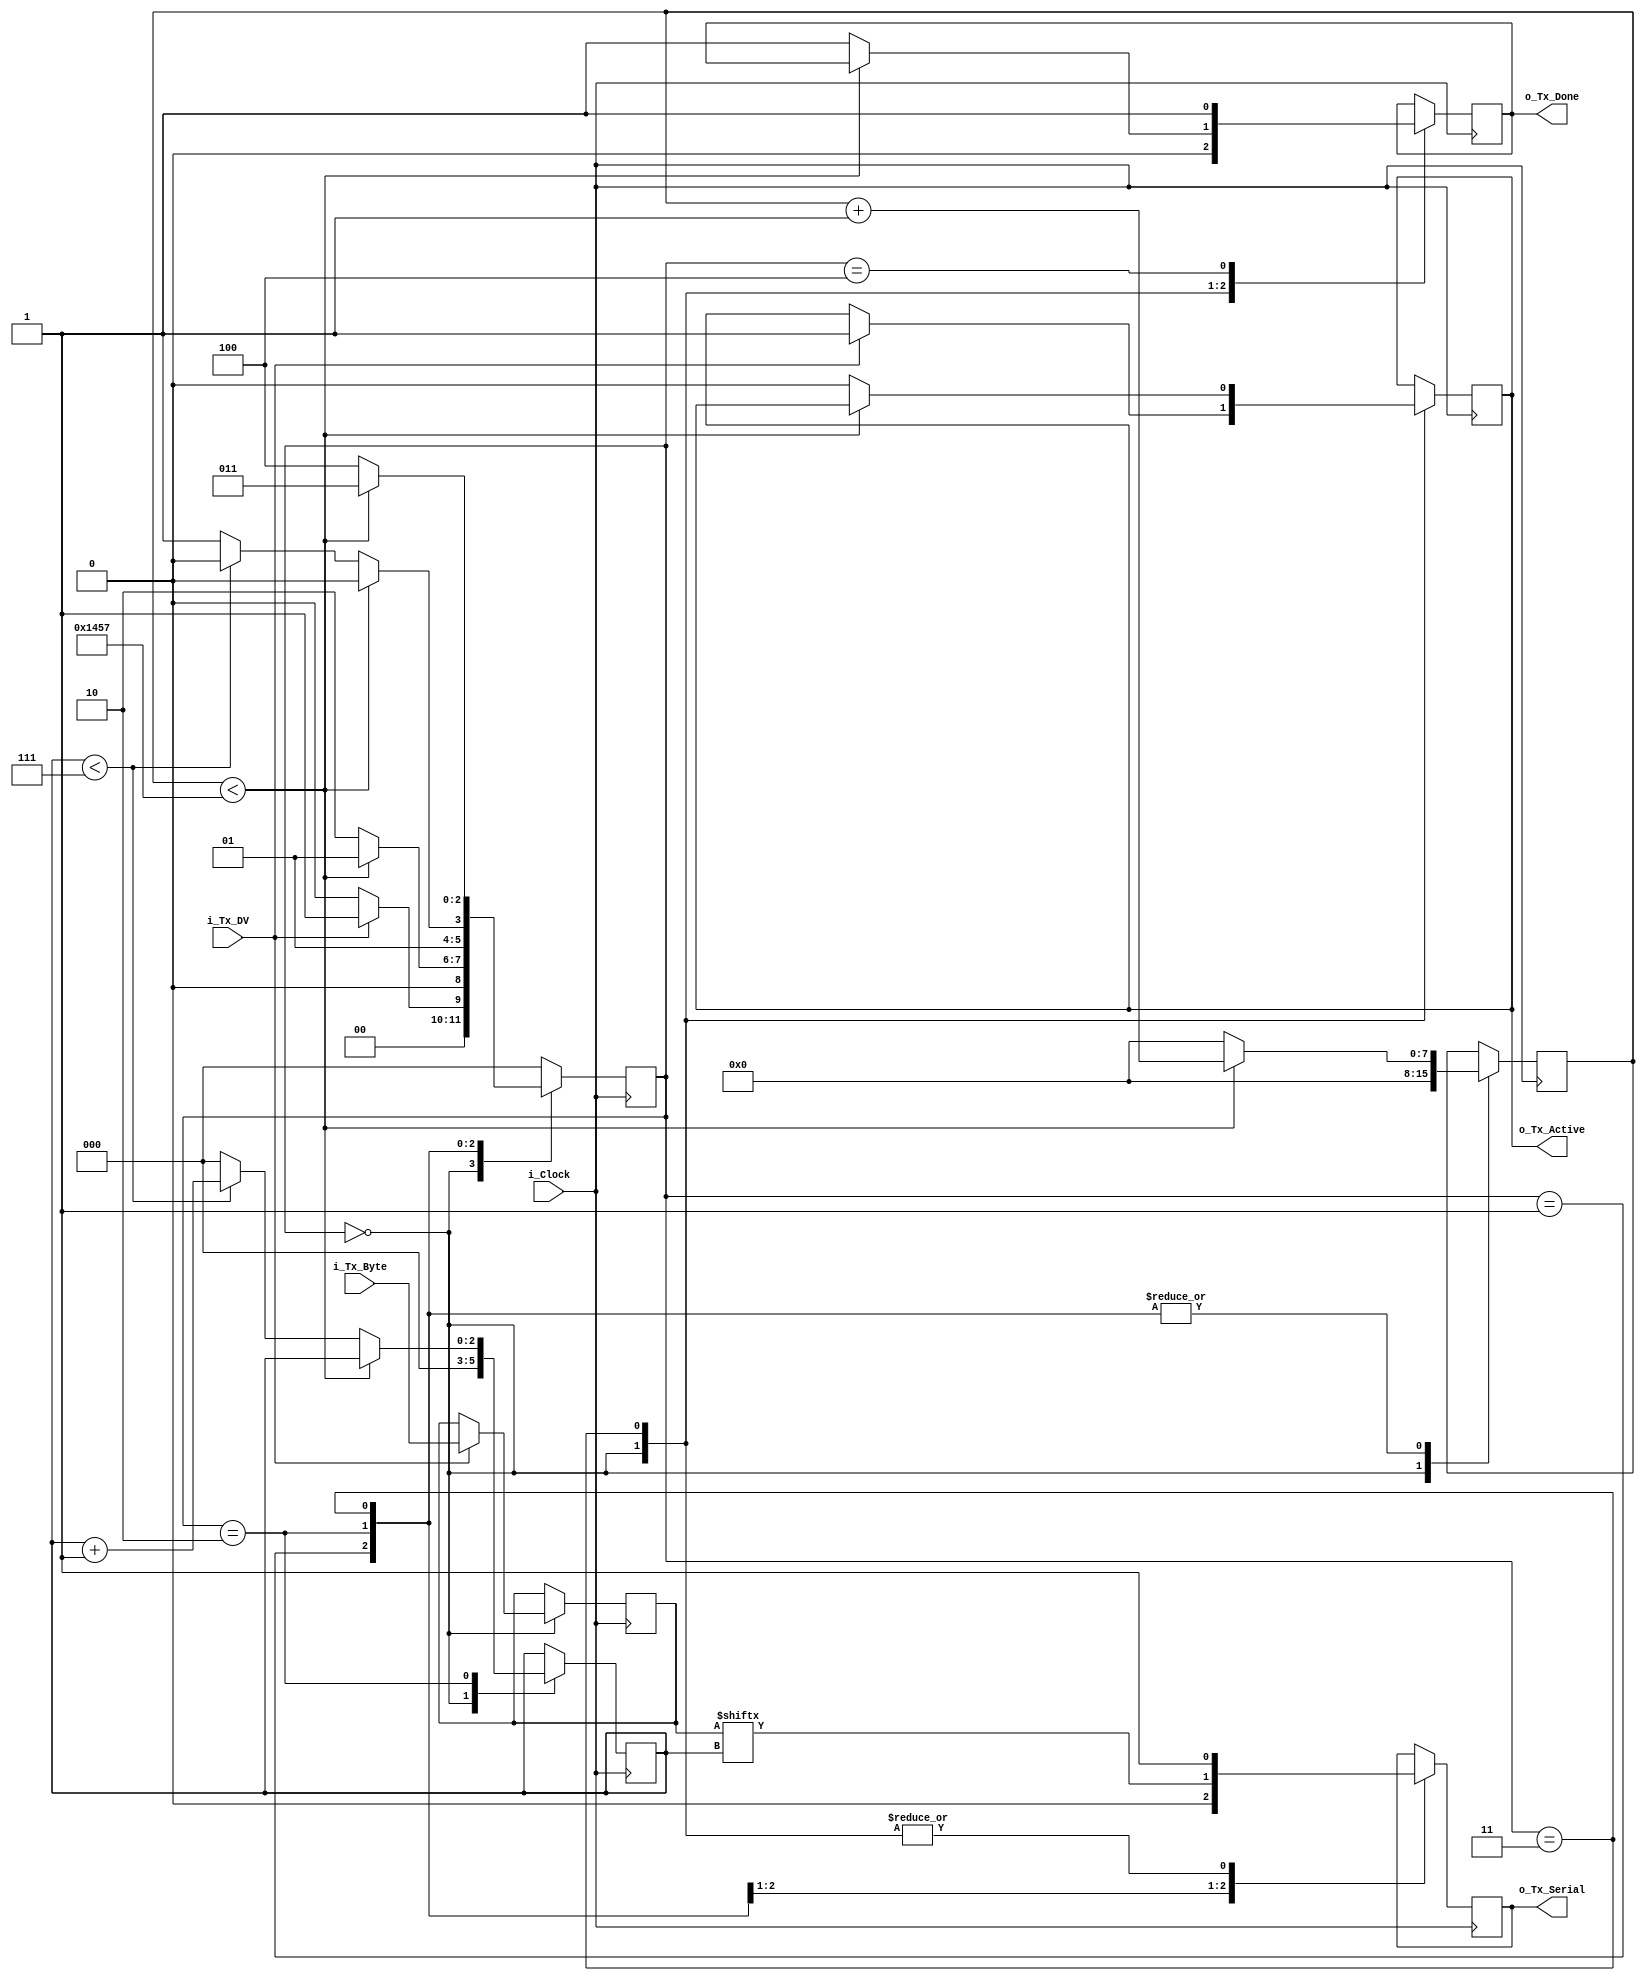
// This file contains the UART Transmitter.  This transmitter is able
// to transmit 8 bits of serial data, one start bit, one stop bit,
// and no parity bit.  When transmit is complete o_Tx_done will be
// driven high for one clock cycle.
//
// Set Parameter CLKS_PER_BIT as follows:
// CLKS_PER_BIT = (Frequency of i_Clock)/(Frequency of UART)
// Example: 10 MHz Clock, 115200 baud UART
// (10000000)/(115200) = 87
  
module uart_transmitter
  #(parameter CLKS_PER_BIT = 5208)
  (
   input       i_Clock,
   input       i_Tx_DV,
   input [7:0] i_Tx_Byte, 
   output      o_Tx_Active,
   output reg  o_Tx_Serial,
   output      o_Tx_Done
   );
  
  parameter s_IDLE         = 3'b000;
  parameter s_TX_START_BIT = 3'b001;
  parameter s_TX_DATA_BITS = 3'b010;
  parameter s_TX_STOP_BIT  = 3'b011;
  parameter s_CLEANUP      = 3'b100;
   
  reg [2:0]    r_SM_Main     = 0;
  reg [7:0]    r_Clock_Count = 0;
  reg [2:0]    r_Bit_Index   = 0;
  reg [7:0]    r_Tx_Data     = 0;
  reg          r_Tx_Done     = 0;
  reg          r_Tx_Active   = 0;
     
  always @(posedge i_Clock)
    begin
       
      case (r_SM_Main)
        s_IDLE :
          begin
            o_Tx_Serial   <= 1'b1;         // Drive Line High for Idle
            r_Tx_Done     <= 1'b0;
            r_Clock_Count <= 0;
            r_Bit_Index   <= 0;
             
            if (i_Tx_DV == 1'b1)
              begin
                r_Tx_Active <= 1'b1;
                r_Tx_Data   <= i_Tx_Byte;
                r_SM_Main   <= s_TX_START_BIT;
              end
            else
              r_SM_Main <= s_IDLE;
          end // case: s_IDLE
         
         
        // Send out Start Bit. Start bit = 0
        s_TX_START_BIT :
          begin
            o_Tx_Serial <= 1'b0;
             
            // Wait CLKS_PER_BIT-1 clock cycles for start bit to finish
            if (r_Clock_Count < CLKS_PER_BIT-1)
              begin
                r_Clock_Count <= r_Clock_Count + 1;
                r_SM_Main     <= s_TX_START_BIT;
              end
            else
              begin
                r_Clock_Count <= 0;
                r_SM_Main     <= s_TX_DATA_BITS;
              end
          end // case: s_TX_START_BIT
         
         
        // Wait CLKS_PER_BIT-1 clock cycles for data bits to finish         
        s_TX_DATA_BITS :
          begin
            o_Tx_Serial <= r_Tx_Data[r_Bit_Index];
             
            if (r_Clock_Count < CLKS_PER_BIT-1)
              begin
                r_Clock_Count <= r_Clock_Count + 1;
                r_SM_Main     <= s_TX_DATA_BITS;
              end
            else
              begin
                r_Clock_Count <= 0;
                 
                // Check if we have sent out all bits
                if (r_Bit_Index < 7)
                  begin
                    r_Bit_Index <= r_Bit_Index + 1;
                    r_SM_Main   <= s_TX_DATA_BITS;
                  end
                else
                  begin
                    r_Bit_Index <= 0;
                    r_SM_Main   <= s_TX_STOP_BIT;
                  end
              end
          end // case: s_TX_DATA_BITS
         
         
        // Send out Stop bit.  Stop bit = 1
        s_TX_STOP_BIT :
          begin
            o_Tx_Serial <= 1'b1;
             
            // Wait CLKS_PER_BIT-1 clock cycles for Stop bit to finish
            if (r_Clock_Count < CLKS_PER_BIT-1)
              begin
                r_Clock_Count <= r_Clock_Count + 1;
                r_SM_Main     <= s_TX_STOP_BIT;
              end
            else
              begin
                r_Tx_Done     <= 1'b1;
                r_Clock_Count <= 0;
                r_SM_Main     <= s_CLEANUP;
                r_Tx_Active   <= 1'b0;
              end
          end // case: s_Tx_STOP_BIT
         
         
        // Stay here 1 clock
        s_CLEANUP :
          begin
            r_Tx_Done <= 1'b1;
            r_SM_Main <= s_IDLE;
          end
         
         
        default :
          r_SM_Main <= s_IDLE;
         
      endcase
    end
 
  assign o_Tx_Active = r_Tx_Active;
  assign o_Tx_Done   = r_Tx_Done;
   
endmodule